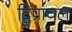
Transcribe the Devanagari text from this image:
द्विप्राचल